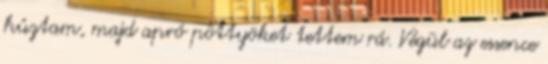
húztam, majd apró pöttyöket tettem rá. Végül az essence